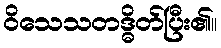
ဝိသေသတဒ္ဓိတ်ပြီး၏။